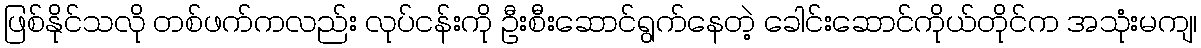
ဖြစ်နိုင်သလို တစ်ဖက်ကလည်း လုပ်ငန်းကို ဦးစီးဆောင်ရွက်နေတဲ့ ခေါင်းဆောင်ကိုယ်တိုင်က အသုံးမကျ၊